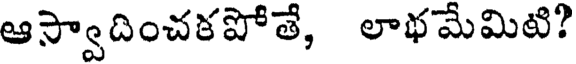
ఆస్వాదించకపోతే, లాభమేమిటి?